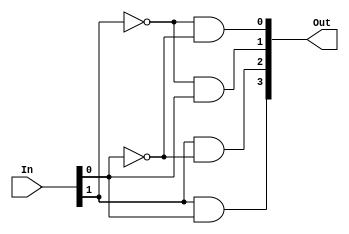
/*
	Mdulo para indicar de quem  a vez de ligar display.
	Faz o escalonamento das situaes.
*/
module Scheduler(Out, In);
	input [1:0] In;// sinal clock com frequncia reduzida
	output [3:0] Out;// sinal de controle (escalonado)
	
	wire In0_Inv, In1_Inv;
	
	not Inv0(In0_Inv, In[0]);
	not Inv1(In1_Inv, In[1]);
	
	and And0(Out[0], In1_Inv, In0_Inv);
	and And1(Out[1], In1_Inv, In[0]);
	and And2(Out[2], In[1], In0_Inv);
	and And3(Out[3], In[1], In[0]);
endmodule